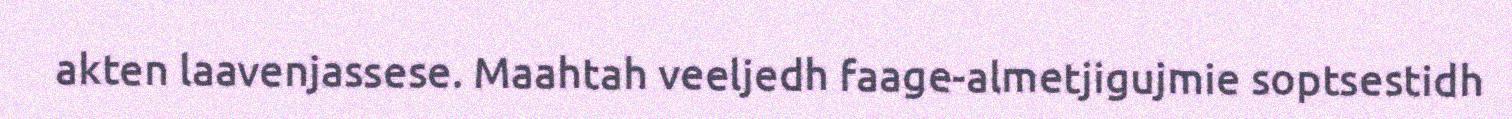
akten laavenjassese. Maahtah veeljedh faage-almetjigujmie soptsestidh